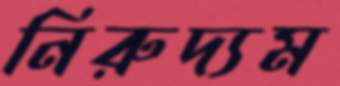
নিরুদ্যম